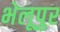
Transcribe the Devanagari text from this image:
भेलूपुर